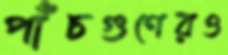
পাঁচগুণেরও